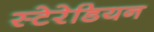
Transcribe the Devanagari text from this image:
स्टेरेडियन